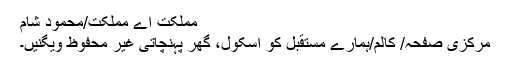
مملکت اے مملکت/محمود شام
مرکزی صفحہ/ کالم/ہمارے مستقبل کو اسکول، گھر پہنچاتی غیر محفوظ ویگنیں۔